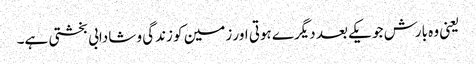
یعنی وہ بارش جو یکے بعد دیگرے ہوتی اور زمین کو زندگی و شادابی بخشتی ہے۔